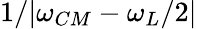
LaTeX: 1/|\omega_{CM}-\omega_{L}/2|